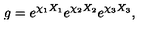
g = e ^ { \chi _ { 1 } X _ { 1 } } e ^ { \chi _ { 2 } X _ { 2 } } e ^ { \chi _ { 3 } X _ { 3 } } ,